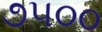
૭૫૦૦